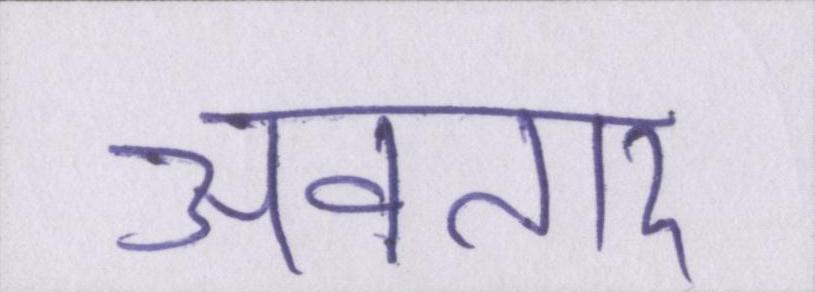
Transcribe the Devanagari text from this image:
अवतार